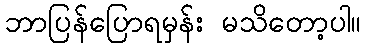
ဘာပြန်ပြောရမှန်း မသိတော့ပါ။